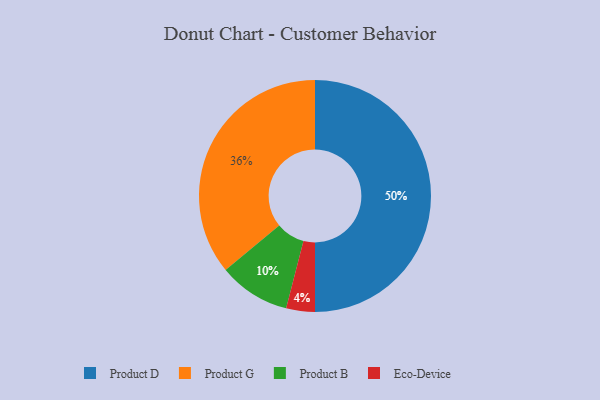
{"axis": {"x": "Category", "y": "Percentage"}, "legend": ["Eco-Device", "Product B", "Product D", "Product G"], "data": [{"x": "Eco-Device", "y": 4, "type": "Eco-Device"}, {"x": "Product G", "y": 36, "type": "Product G"}, {"x": "Product B", "y": 10, "type": "Product B"}, {"x": "Product D", "y": 50, "type": "Product D"}]}